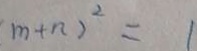
m + n ) ^ { 2 } = 1